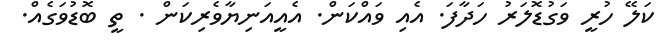
ކަލޭ ހުރީ ވަގުޑޮލަރު ހަދާފަ. އެއި ވައްކަން. އެއީއަނިޔާވެރިކަން . ތީ ބޮޑުވަގެއް.